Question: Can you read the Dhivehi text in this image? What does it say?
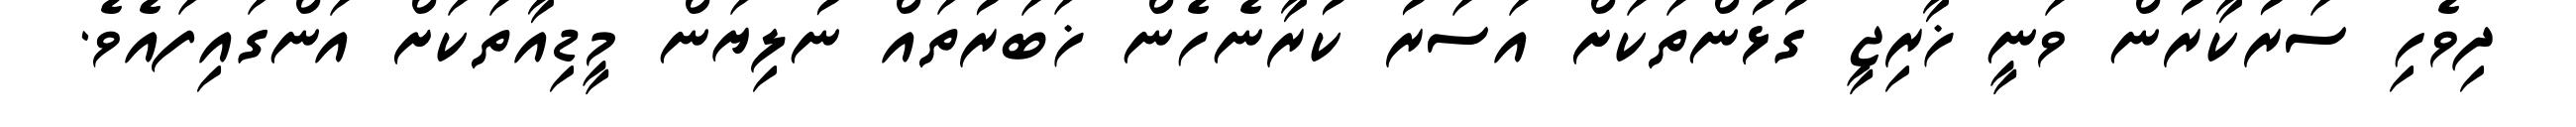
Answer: ދިވެހި ސަރުކާރުން ވަނީ ޚާރިޖީ ގުޅުންތަކަށް އަސަރު ކުރާނެހެން ޚަބަރުތައް ނުލިޔަން މީޑިއާތަކަށް އަންގައިފައެވެ.